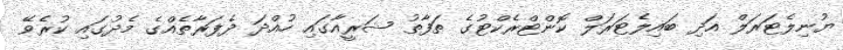
ޔުނިލެޓަރަލް އަދި ބައިލެޓަރަލް ކޮންޓްރެކްޓުގެ ތަފާތު ޝަރީއާގައި ހުއްދަ ދެފަރާތެއްގެ މެދުގައި ކުރެވޭ